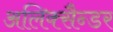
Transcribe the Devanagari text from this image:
अलिक्सैन्डर